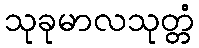
သုခုမာလသုတ္တံ